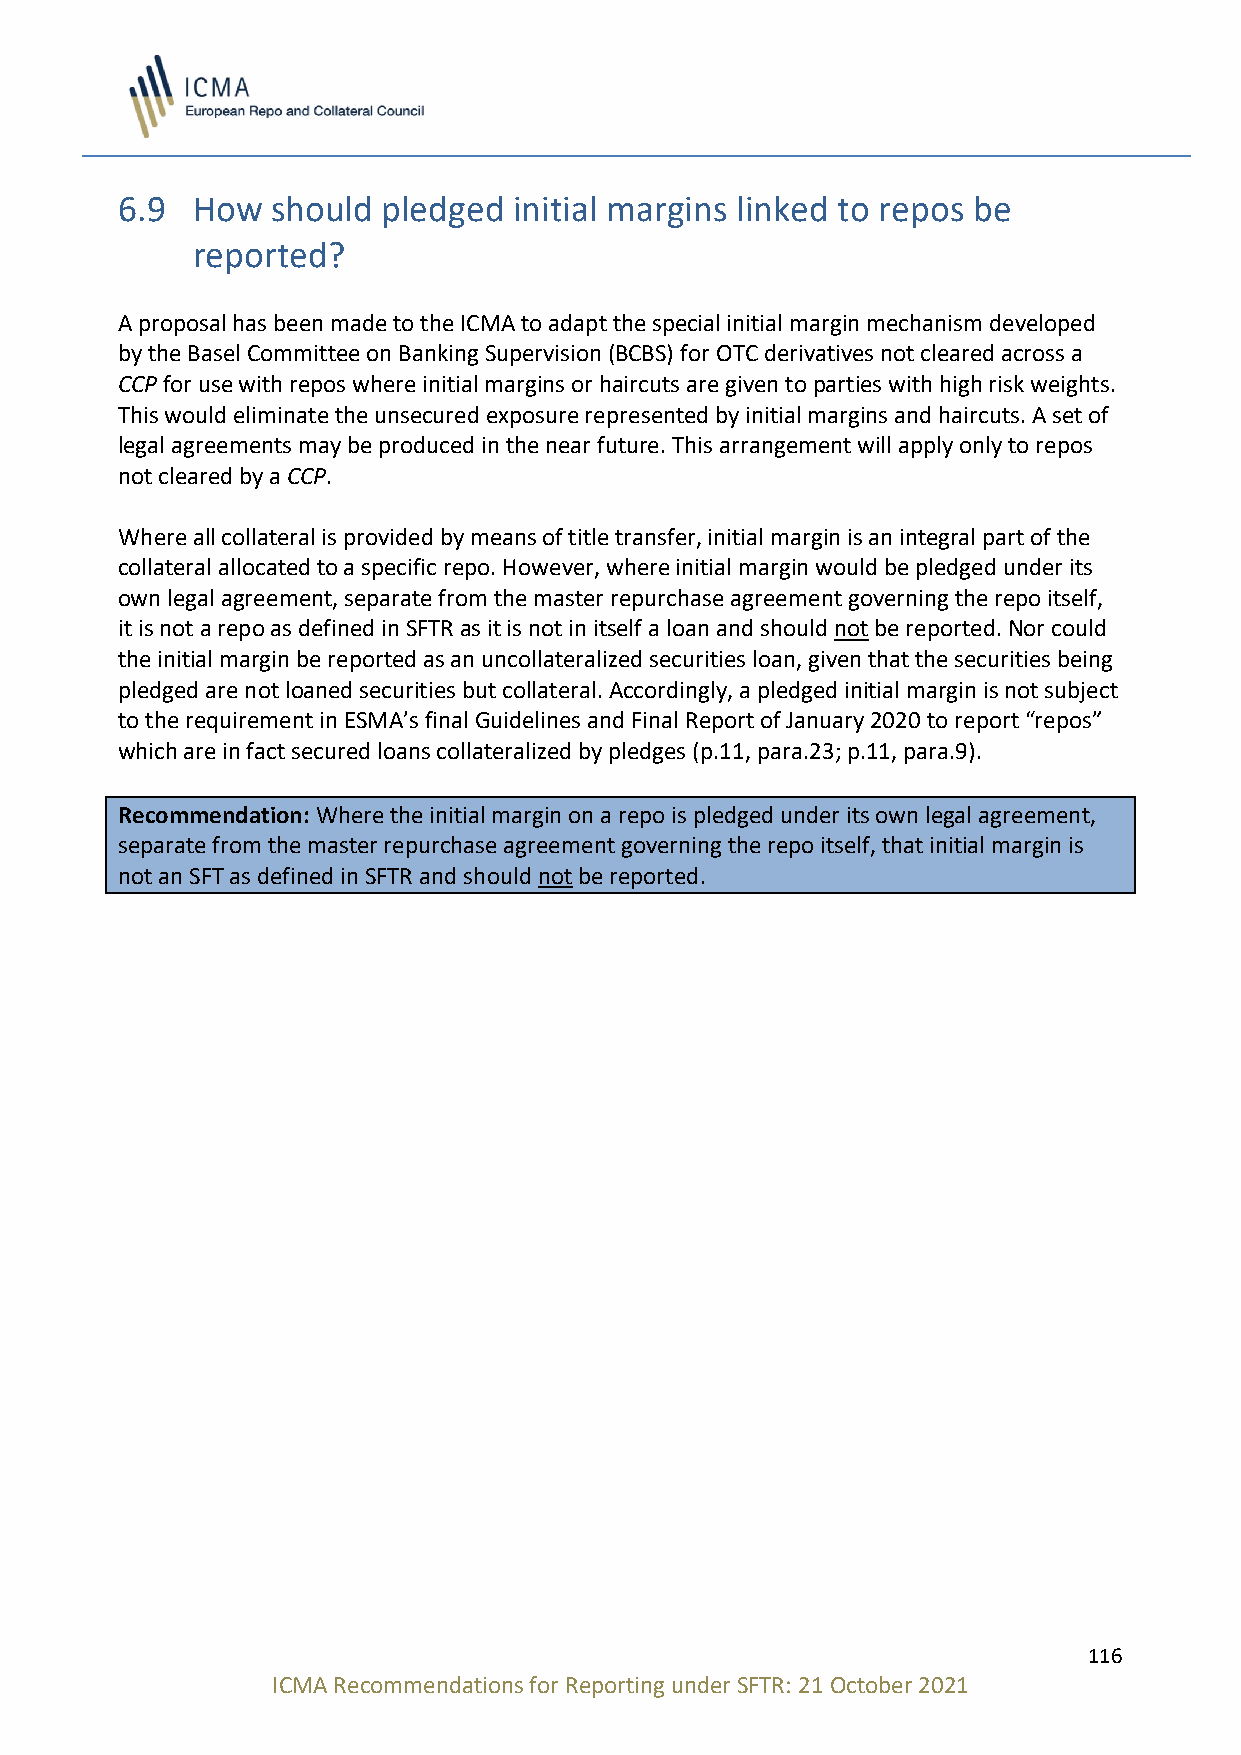
6.9  How  should pledged  initial margins linked to repos be
 reported?
 A proposal has been made to the ICMA to adapt the special initial margin mechanism developed
 by the Basel Committee on Banking Supervision (BCBS) for OTC derivatives not cleared across a
 CCP for use with repos where initial margins or haircuts are given to parties with high risk weights.
 This would eliminate the unsecured exposure represented by initial margins and haircuts. A set of
 legal agreements may be produced in the near future. This arrangement will apply only to repos
 not cleared by a CCP.
 Where all collateral is provided by means of title transfer, initial margin is an integral part of the
 collateral allocated to a specific repo. However, where initial margin would be pledged under its
 own legal agreement, separate from the master repurchase agreement governing the repo itself,
 it is not a repo as defined in SFTR as it is not in itself a loan and should not be reported. Nor could
 the initial margin be reported as an uncollateralized securities loan, given that the securities being
 pledged are not loaned securities but collateral. Accordingly, a pledged initial margin is not subject
 to the requirement in ESMA’s final Guidelines and Final Report of January 2020 to report “repos”
 which are in fact secured loans collateralized by pledges (p.11, para.23; p.11, para.9).
 Recommendation: Where the initial margin on a repo is pledged under its own legal agreement,
 separate from the master repurchase agreement governing the repo itself, that initial margin is
 not an SFT as defined in SFTR and should not be reported.
 116
 ICMA Recommendations for Reporting under SFTR: 21 October 2021